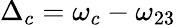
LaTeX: {\Delta_{c}}={\omega_{c}}-{\omega_{23}}